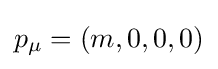
p_{\mu }=(m,0,0,0)